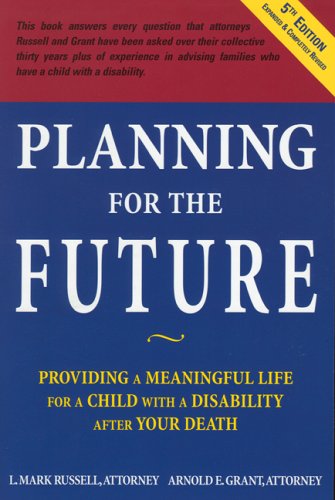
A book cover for Planning for the Future: Providing a Meaningful Life for a Child with a Disability After Your Death; L. Mark Russell; Law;